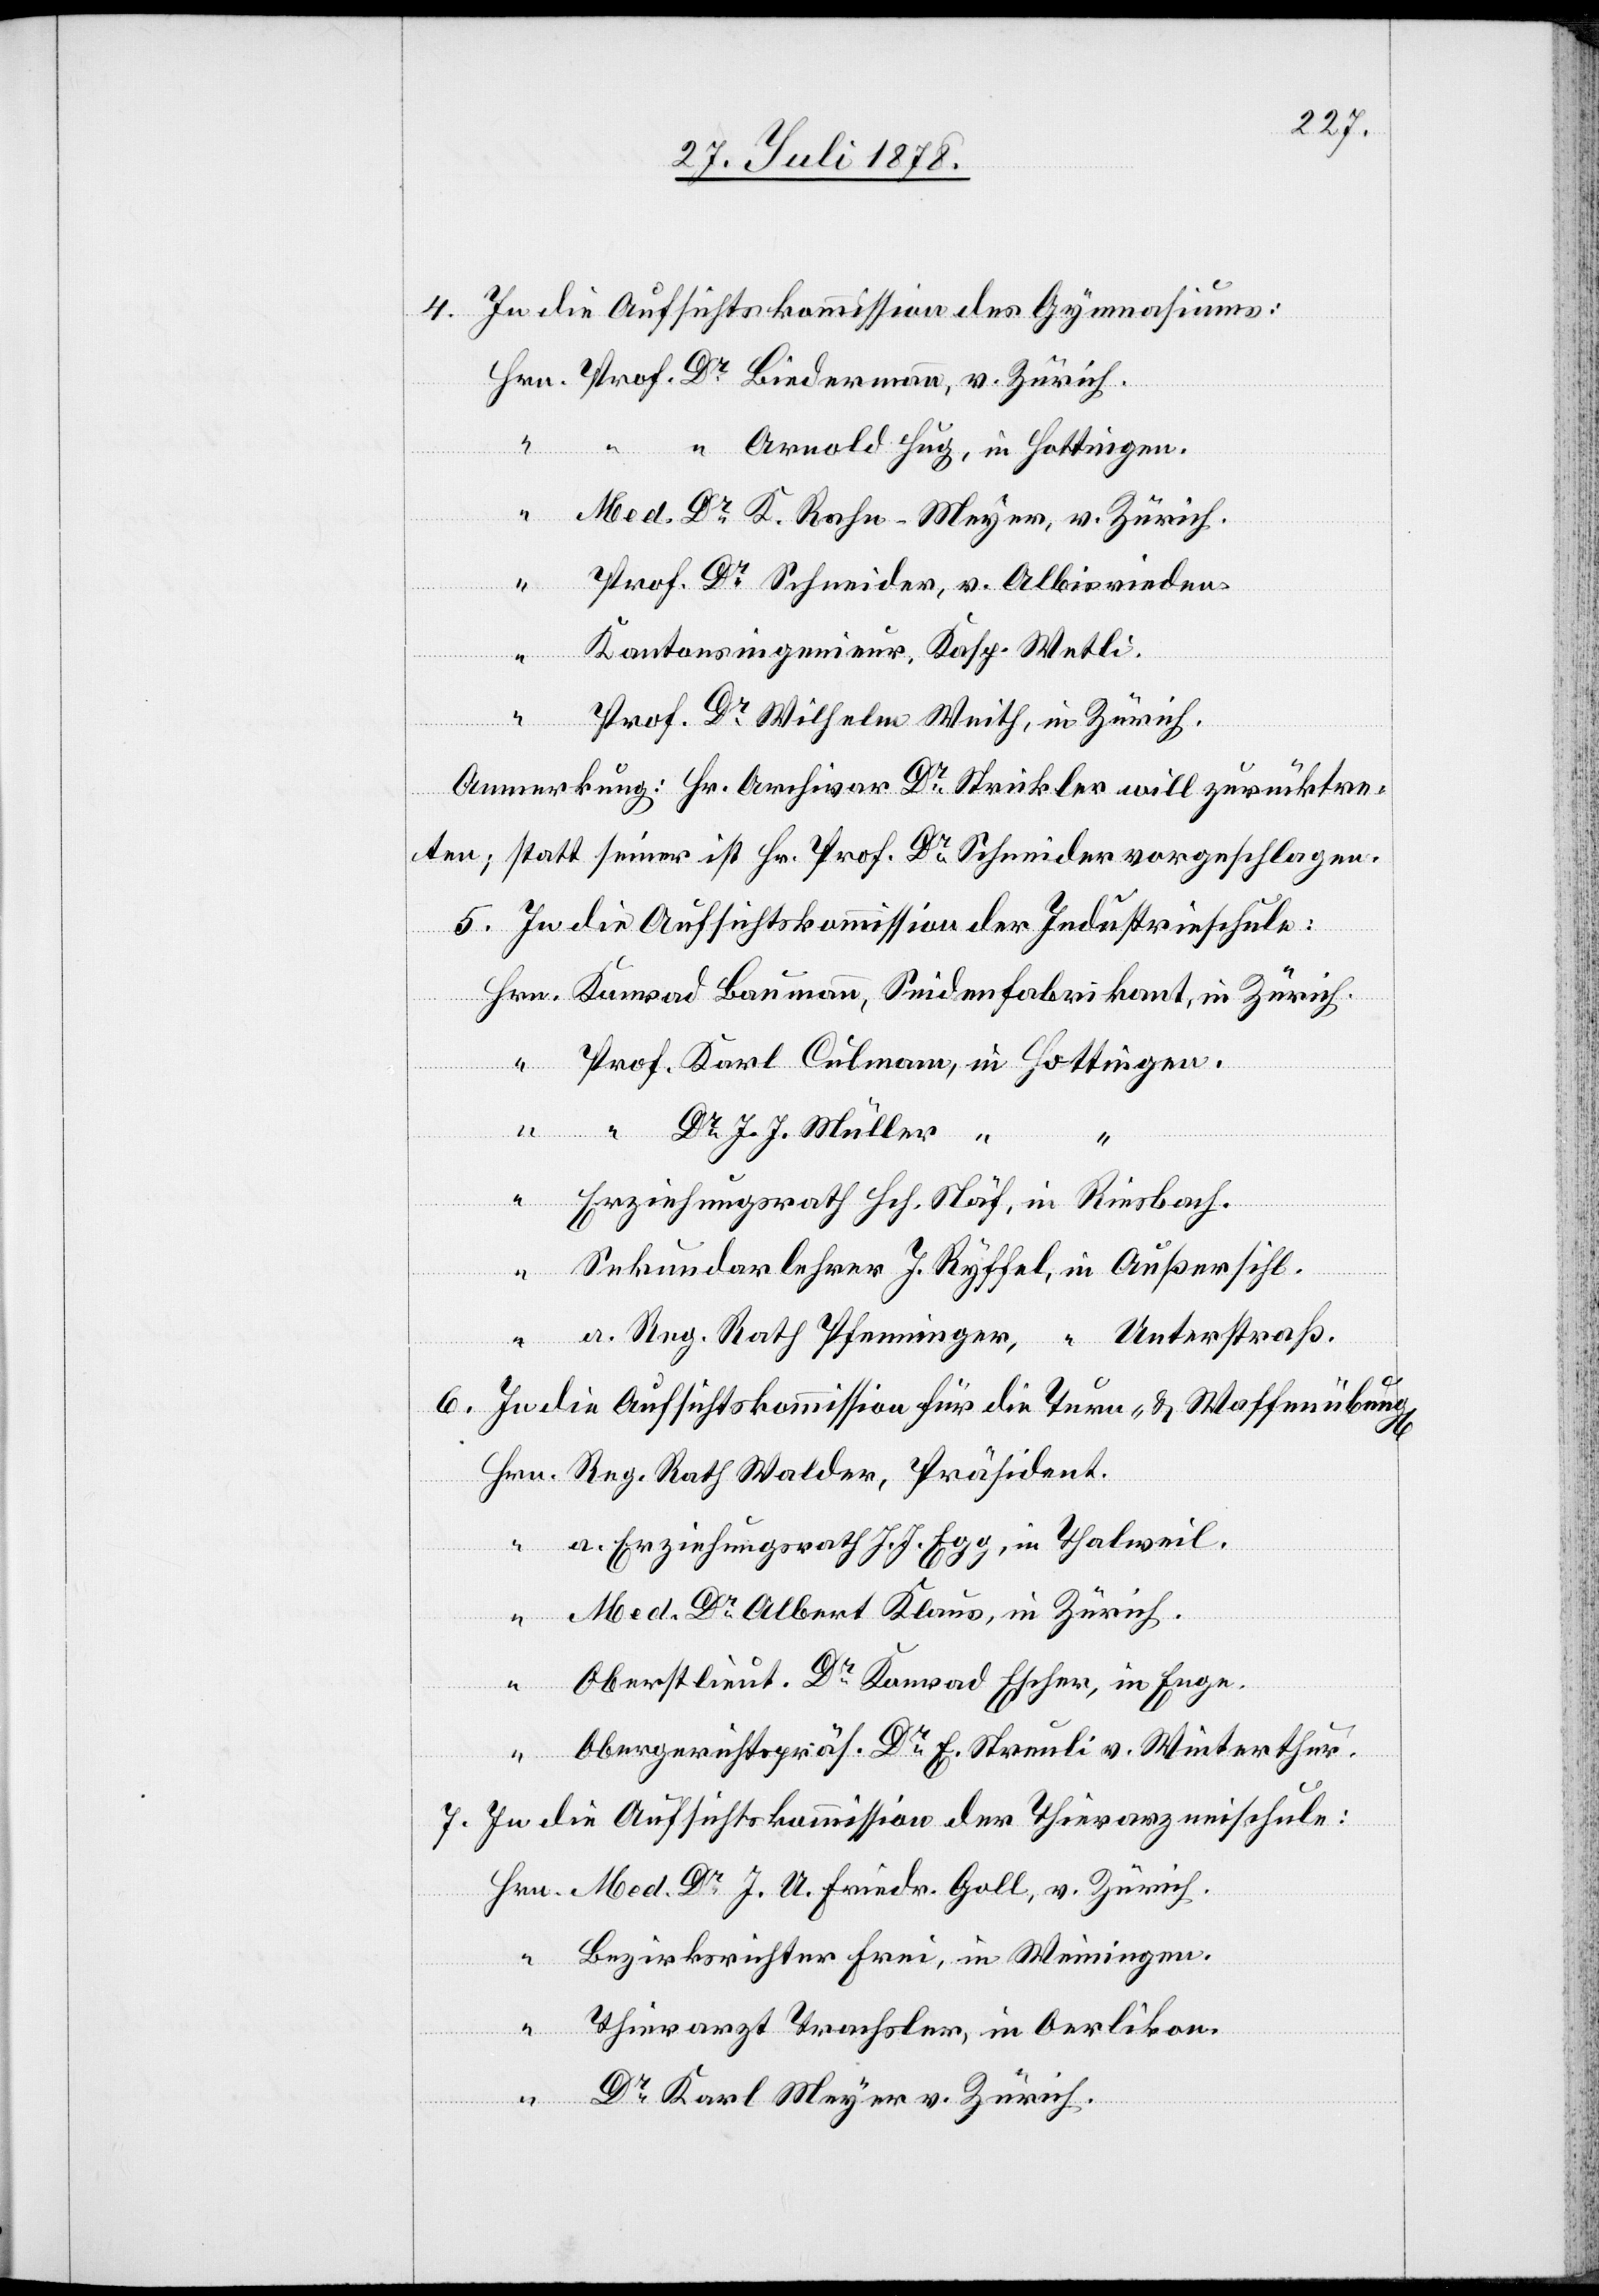
4. In die Aufsichtskommission des Gymnasiums:
Hrn. Prof. Dr Biedermann, v. Zürich.
“ “ “ Arnold Hug, in Hottingen.
g[en]
“ Med. Dr K. Rahn-Meyer, v. Zürich.
“ Prof. Dr Schneider, v. Albisrieden.
Kantonsingenieur, Kasp. Wetli.
“ Prof. Dr Wilhelm Weith, in Zürich.
“
Anmerkung: Hr. Archivar Dr Strickler will zurücktre¬
ten, statt seiner ist Hr. Prof. Dr Schneider vorgeschlagen.
5. In die Aufsichtskommission der Industrieschule:
Hrn. Konrad Baumann, Seidenfabrikant, in Zürich.
Prof. Karl Culmann, in Hottingen.
Dr J. J. Müller, “
“ Erziehungsrath Hch. Näf, in Riesbach.
Sekundarlehrer J. Ryffel, in Außersihl.
“ a. Reg. Rath Pfenninger, [in] Unterstraß.
6. In die Aufsichtskommission für die Turn- & Waffenübun¬
Hrn. Reg. Rath Walder, Präsident.
“ a. Erziehungsrath J. J. Egg, in Thalweil.
“ Med. Dr Albert Klaus, in Zürich.
Oberlieut. Dr Konrad Escher, in Enge.
“
Obergerichtspräs. Dr E. Streuli v. Winterthur.
7. In die Aufsichtskommission der Thierarzneischule:
Hrn. Med. Dr J. A. Friedr. Goll, v. Zürich.
Bezirksrichter Frei, in Weiningen.
“ Thierarzt Trachsler, in Oerlikon.
“ Dr Karl Meyer v. Zürich.